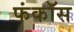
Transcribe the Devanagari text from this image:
फंकॉस